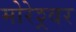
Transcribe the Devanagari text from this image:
मोरेश्र्वर